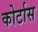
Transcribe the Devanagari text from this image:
कोर्टास